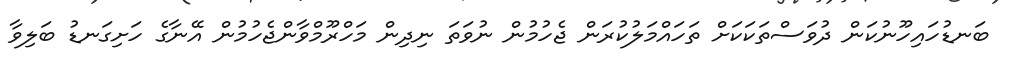
ބަނޑުހައިހޫނުކަން ދުވަސްތަކަކަށް ތަހައްމަލުކުރަން ޖެހުމުން ނުވަތަ ނިދިން މަހްރޫމްވާންޖެހުމުން އޭނާގެ ހަށިގަނޑު ބަލިވާ